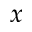
x